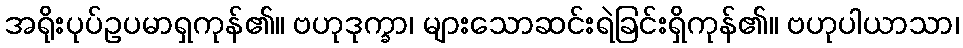
အရိုးပုပ်ဥပမာရှကုန်၏။ ဗဟုဒုက္ခာ၊ များသောဆင်းရဲခြင်းရှိကုန်၏။ ဗဟုပါယာသာ၊